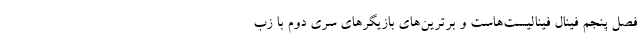
فصل پنجم فینال فینالیست‌هاست و برترین‌های بازیگرهای سری دوم با زب